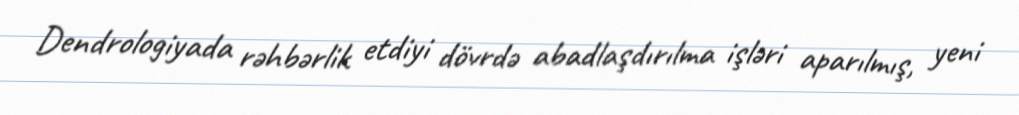
Dendrologiyada rəhbərlik etdiyi dövrdə abadlaşdırılma işləri aparılmış, yeni